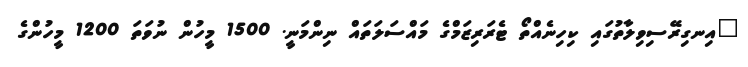
"އިނގިރޭސިވިލާތުގައި ކިހިނެއްތޯ ޓެރަރިޒަމްގެ މައްސަލަތައް ނިންމަނީ. 1500 މީހުން ނުވަތަ 1200 މީހުންގެ